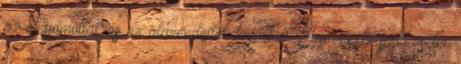
az elnyomottak és az alárendeltek bajnokai. Egy vészhelyzet esetén